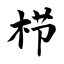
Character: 栉